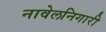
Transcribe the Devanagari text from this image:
नावेलनिगारी